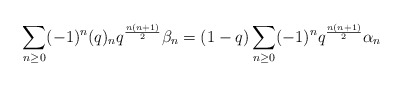
\begin{align*} \sum_{n \geq 0} (-1)^n (q)_n q^{\frac{n(n+1)}{2}} \beta_{n} = (1-q) \sum_{n \geq 0} (-1)^n q^{\frac{n(n+1)}{2}} \alpha_{n}\end{align*}